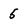
Character: 5